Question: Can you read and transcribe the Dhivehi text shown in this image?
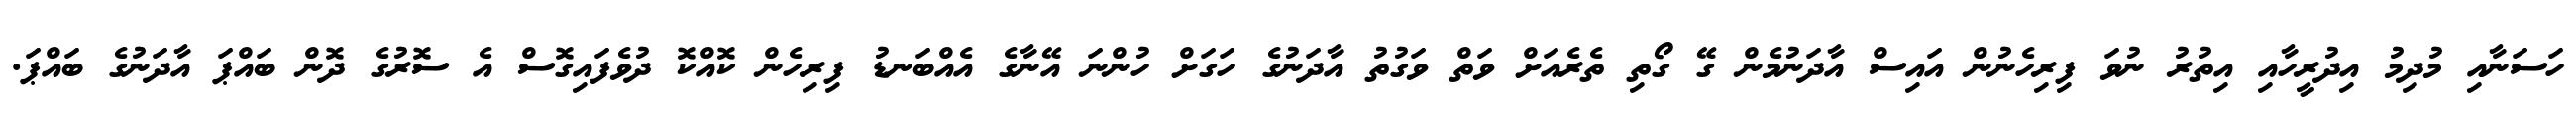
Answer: ހަސަނާއި މުދިމު އިދުރީހާއި އިތުރު ނުވަ ފިރިހެނުން އައިސް އާދަނުމެން ގޭ ގޯތި ތެރެއަށް ވަތް ވަގުތު އާދަނުގެ ހަގަށް ހުންނަ އޭނާގެ އެއްބަނޑު ފިރިހެން ކޮއްކޮ ދުވެފައިގޮސް އެ ސޮރުގެ ދޮން ބައްޕަ އާދަނުގެ ބައްޕަ.